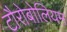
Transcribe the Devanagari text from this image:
टौरोबोलियम